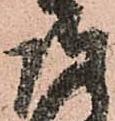
長